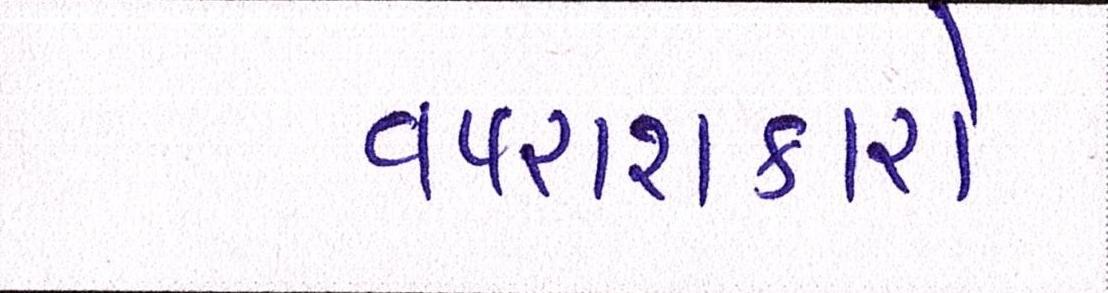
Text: વપરાશકારો